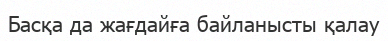
Басқа да жағдайға байланысты қалау